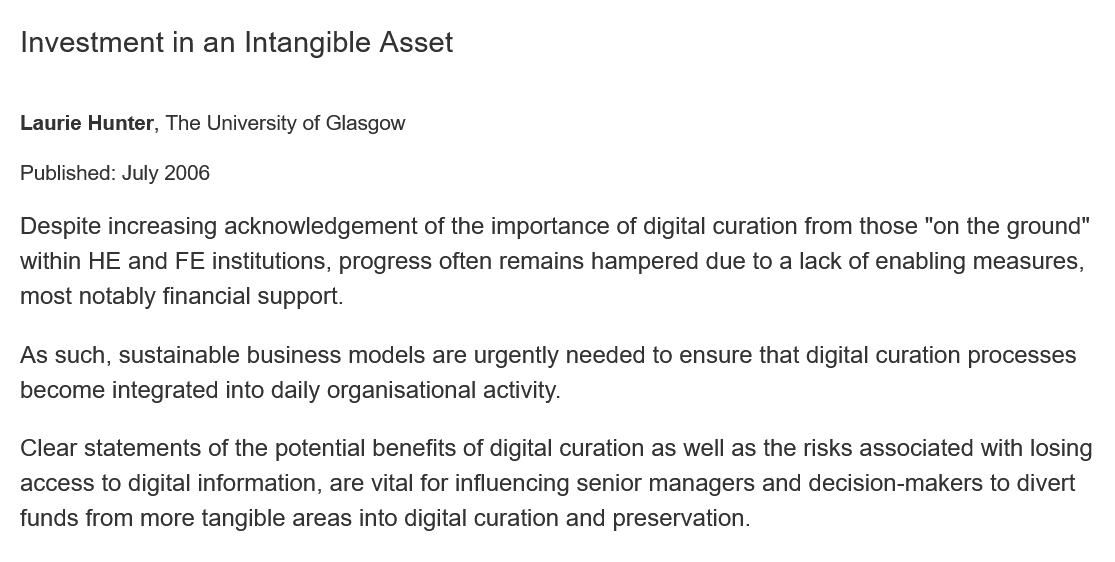
Investment  in  an Intangible  Asset
  Laurie Hunter, The University of Glasgow
  Published: July 2006
  Despite increasing acknowledgement of the importance of digital curation from those "on the ground"
  within HE and FE institutions, progress often remains hampered due to a lack of enabling measures,
  most notably financial support.
  As such, sustainable business models are urgently needed to ensure that digital curation processes
  become integrated into daily organisational activity.
  Clear statements of the potential benefits of digital curation as well as the risks associated with losin
  access to digital information, are vital for influencing senior managers and decision-makers to divert
  funds from more tangible areas into digital curation and preservation.